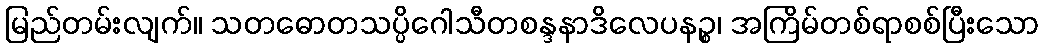
မြည်တမ်းလျက်။ သတဓောတသပ္ပိဂေါသီတစန္ဒနာဒိလေပနဉ္စ၊ အကြိမ်တစ်ရာစစ်ပြီးသော